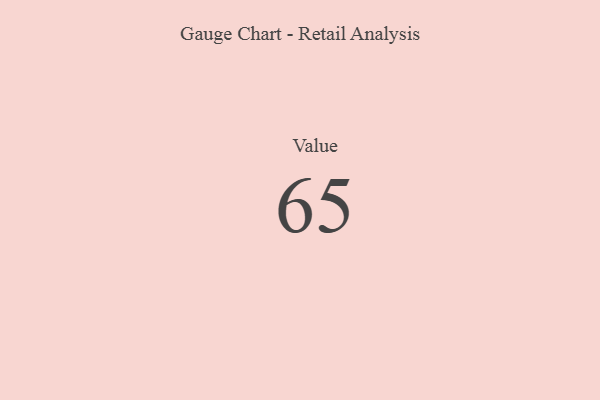
{"axis": {"x": "Metric", "y": "Value"}, "legend": [""], "data": [{"x": "Value", "y": 65, "type": ""}]}